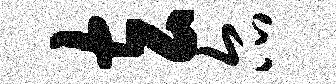
玄尔